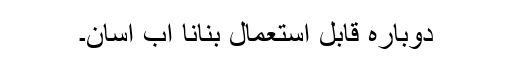
دوبارہ قابل استعمال بنانا اب آسان۔